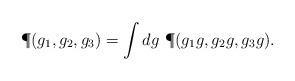
LaTeX: \begin{align*}\P(g_1,g_2,g_3) = \int dg\ \P(g_1g,g_2g,g_3g).\end{align*}